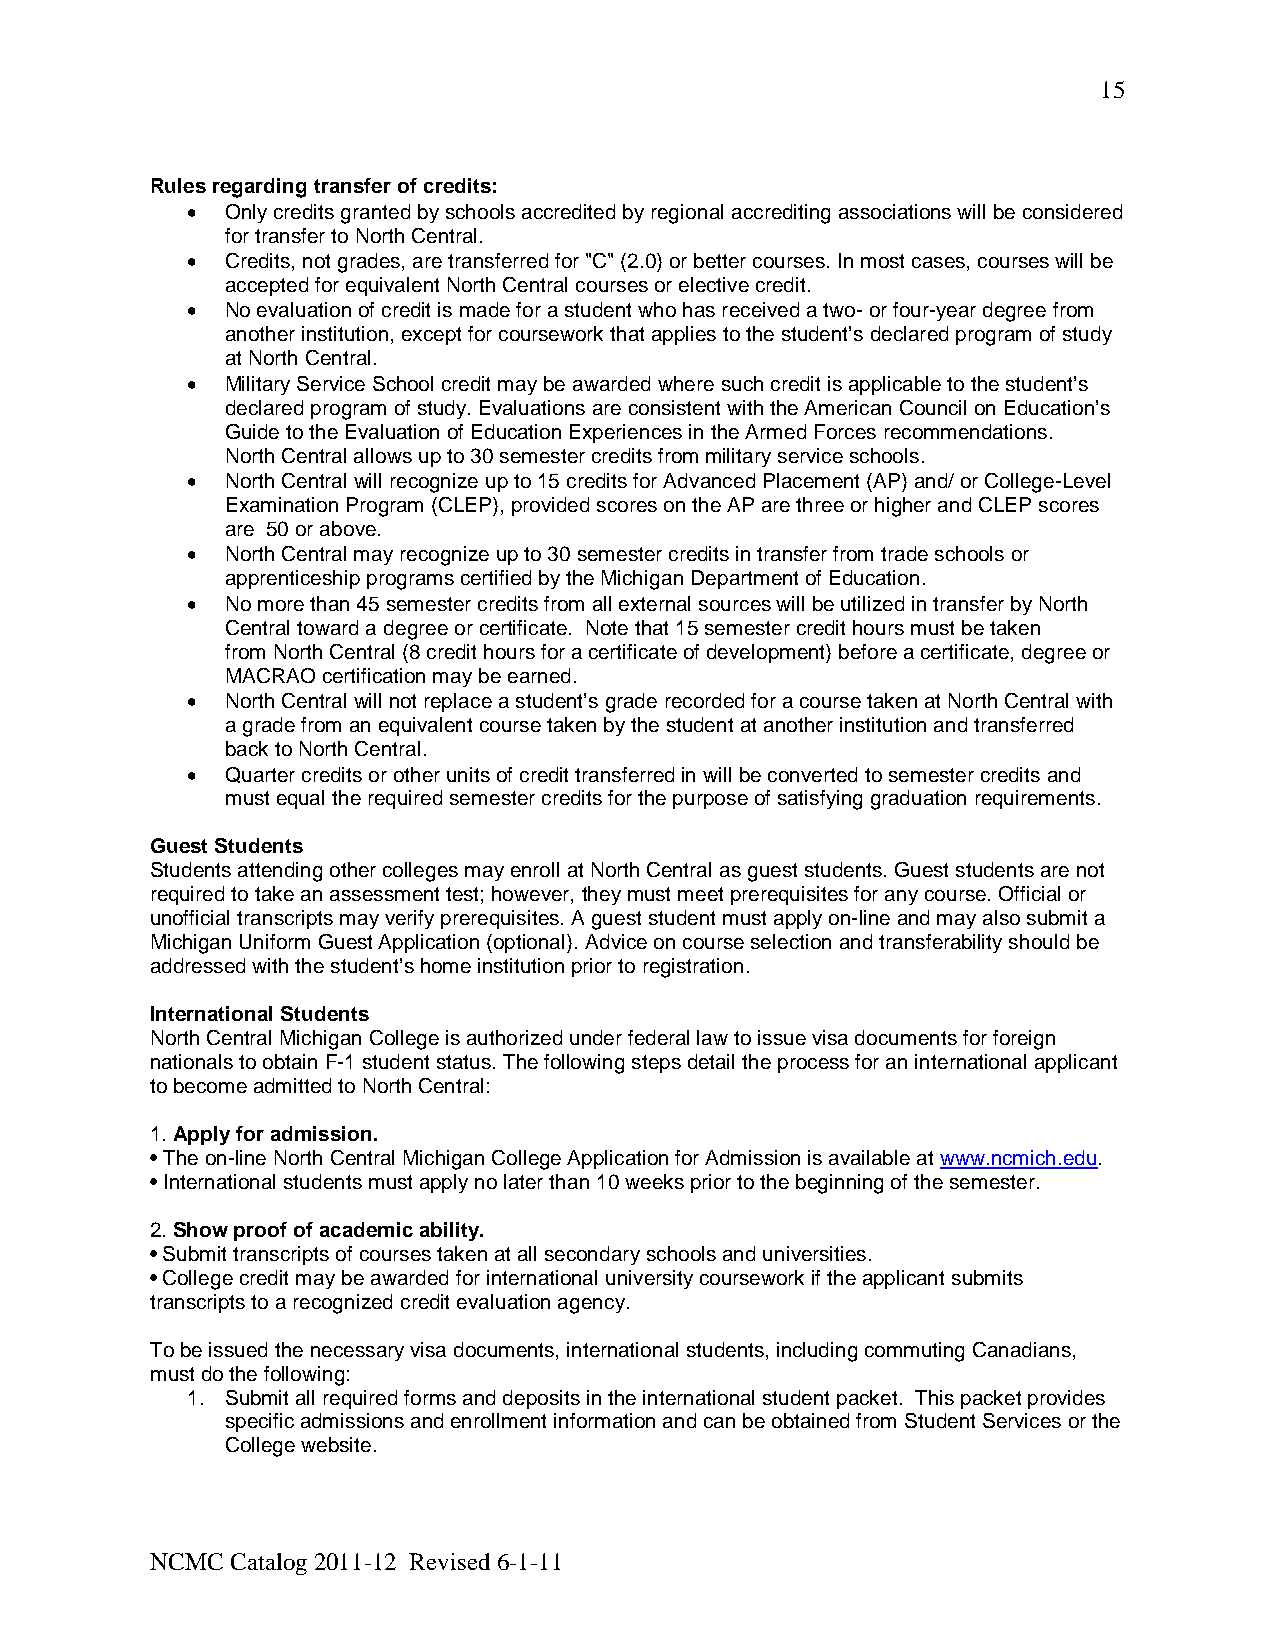
15
 Rules regarding transfer of credits:
 •  Only credits granted by schools accredited by regional accrediting associations will be considered
 for transfer to North Central.
 •  Credits, not grades, are transferred for "C" (2.0) or better courses. In most cases, courses will be
 accepted for equivalent North Central courses or elective credit.
 •  No evaluation of credit is made for a student who has received a two- or four-year degree from
 another institution, except for coursework that applies to the student’s declared program of study
 at North Central.
 •  Military Service School credit may be awarded where such credit is applicable to the student’s
 declared program of study. Evaluations are consistent with the American Council on Education’s
 Guide to the Evaluation of Education Experiences in the Armed Forces recommendations.
 North Central allows up to 30 semester credits from military service schools.
 •  North Central will recognize up to 15 credits for Advanced Placement (AP) and/ or College-Level
 Examination Program (CLEP), provided scores on the AP are three or higher and CLEP scores
 are 50 or above.
 •  North Central may recognize up to 30 semester credits in transfer from trade schools or
 apprenticeship programs certified by the Michigan Department of Education.
 •  No more than 45 semester credits from all external sources will be utilized in transfer by North
 Central toward a degree or certificate. Note that 15 semester credit hours must be taken
 from North Central (8 credit hours for a certificate of development) before a certificate, degree or
 MACRAO certification may be earned.
 •  North Central will not replace a student’s grade recorded for a course taken at North Central with
 a grade from an equivalent course taken by the student at another institution and transferred
 back to North Central.
 •  Quarter credits or other units of credit transferred in will be converted to semester credits and
 must equal the required semester credits for the purpose of satisfying graduation requirements.
 Guest Students
 Students attending other colleges may enroll at North Central as guest students. Guest students are not
 required to take an assessment test; however, they must meet prerequisites for any course. Official or
 unofficial transcripts may verify prerequisites. A guest student must apply on-line and may also submit a
 Michigan Uniform Guest Application (optional). Advice on course selection and transferability should be
 addressed with the student’s home institution prior to registration.
 International Students
 North Central Michigan College is authorized under federal law to issue visa documents for foreign
 nationals to obtain F-1 student status. The following steps detail the process for an international applicant
 to become admitted to North Central:
 1. Apply for admission.
 • The on-line North Central Michigan College Application for Admission is available at www.ncmich.edu.
 • International students must apply no later than 10 weeks prior to the beginning of the semester.
 2. Show proof of academic ability.
 • Submit transcripts of courses taken at all secondary schools and universities.
 • College credit may be awarded for international university coursework if the applicant submits
 transcripts to a recognized credit evaluation agency.
 To be issued the necessary visa documents, international students, including commuting Canadians,
 must do the following:
 1. Submit all required forms and deposits in the international student packet. This packet provides
 specific admissions and enrollment information and can be obtained from Student Services or the
 College website.
 NCMC Catalog 2011-12 Revised 6-1-11